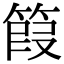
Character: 䈔